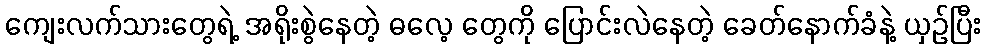
ကျေးလက်သားတွေရဲ့ အရိုးစွဲနေတဲ့ ဓလေ့ တွေကို ပြောင်းလဲနေတဲ့ ခေတ်နောက်ခံနဲ့ ယှဉ်ပြီး